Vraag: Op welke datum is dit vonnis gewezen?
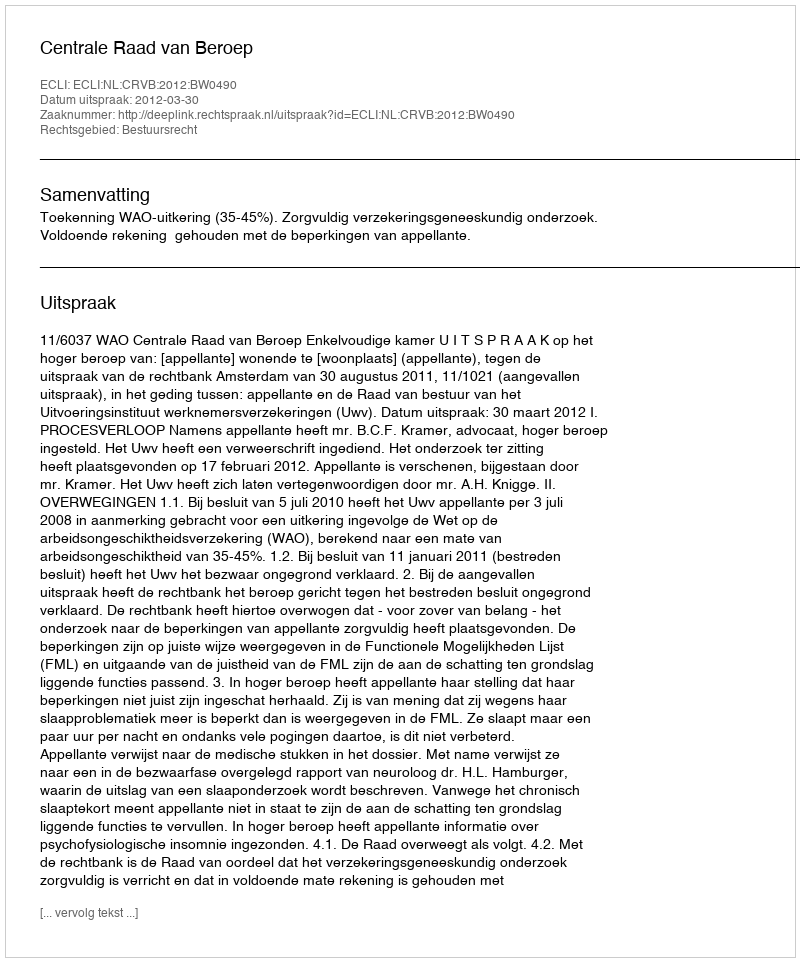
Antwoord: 2012-03-30